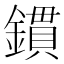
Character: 鏆